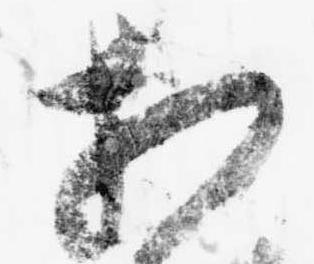
相